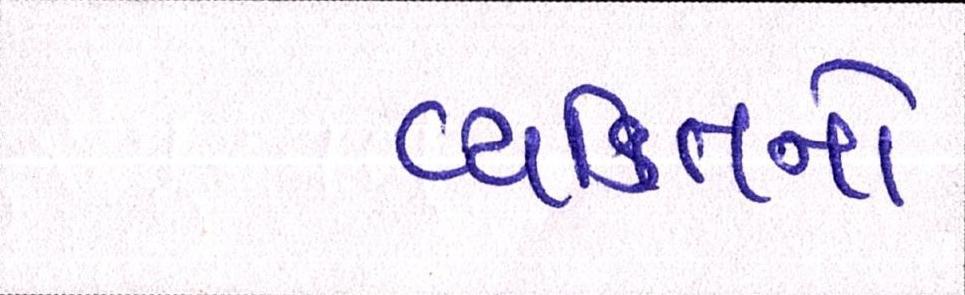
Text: વ્યક્તિનો